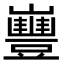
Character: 𡾿